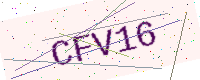
Text: CFV16